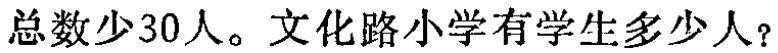
总数少30人。文化路小学有学生多少人？